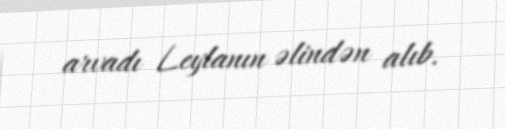
arvadı Leylanın əlindən alıb.